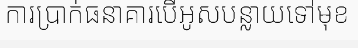
ការប្រាក់ធនាគារបើអូសបន្លាយទៅមុខ